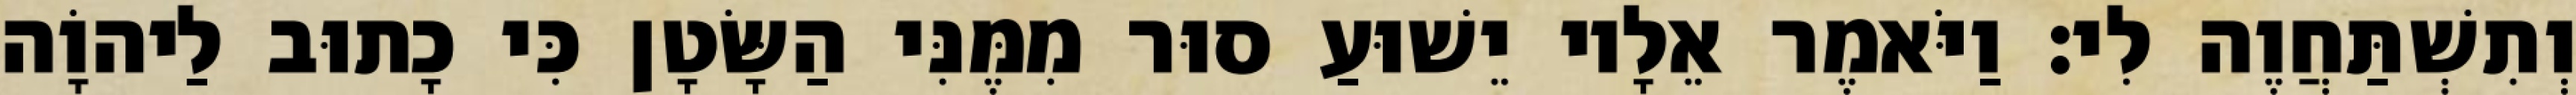
וְתִשְׁתַּחֲוֶה לִי׃ וַיֹּאמֶר אֵלָיו יֵשׁוּעַ סוּר מִמֶּנִּי הַשָּׂטָן כִּי כָתוּב לַיהוָֹה